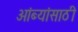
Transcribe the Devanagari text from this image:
आंब्यांसाठी